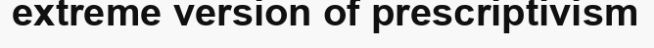
extreme version of prescriptivism